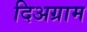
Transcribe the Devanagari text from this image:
दिअग्राम